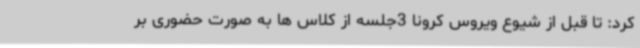
کرد: تا قبل از شیوع ویروس کرونا 3جلسه از کلاس ها به صورت حضوری بر